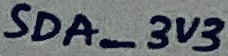
Text: SDA_3V3